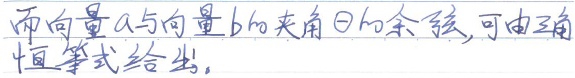
而向量\(\boldsymbol{a}\)与向量\(\boldsymbol{b}\)的夹角\(\theta\)的余弦, 可由三角恒等式给出。